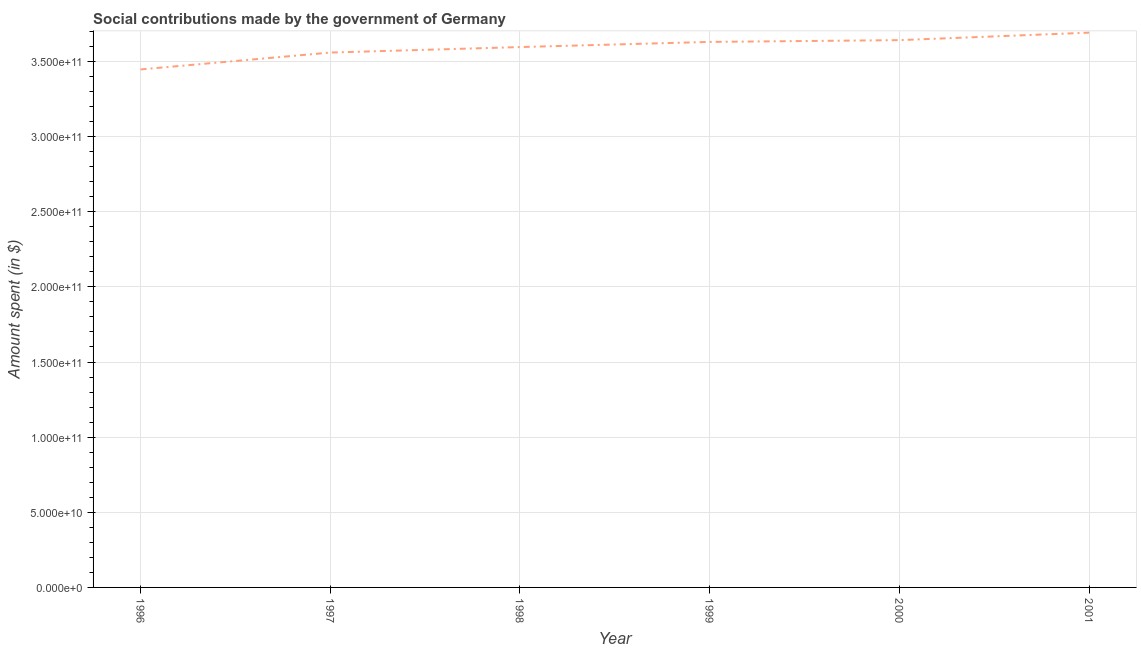
| Year | Social contributions |
 | --- | --- |
 | 1996 | 3.45e+11 |
 | 1997 | 3.56e+11 |
 | 1998 | 3.6e+11 |
 | 1999 | 3.63e+11 |
 | 2000 | 3.64e+11 |
 | 2001 | 3.69e+11 |